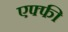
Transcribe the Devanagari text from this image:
एफ्फी